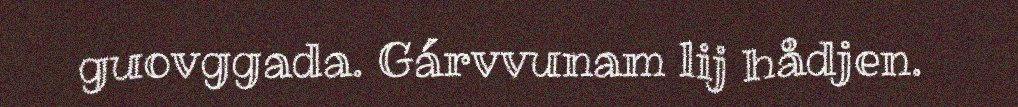
guovggada. Gárvvunam lij hådjen.